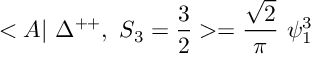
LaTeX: < A | ~ \Delta ^ { + + } , ~ S _ { 3 } = \frac { 3 } { 2 } > = \frac { \sqrt { 2 } } { \pi } ~ \psi _ { 1 } ^ { 3 }